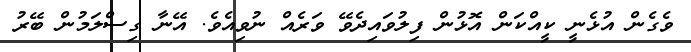
ވެގެން އުޅެނީ ކީއްކަން އޮޅުން ފިލުވައިދެވޭ ވަރެއް ނުވިއެވެ. އޭނާ ގިސްލަމުން ބޭރު